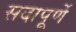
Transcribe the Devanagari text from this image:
सदापूर्णे